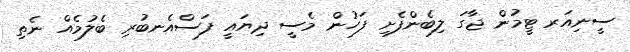
ސީނިއަރ ޓީމުން ޖާގަ ލިބެންފެށި ފަހުން މެސީ ދިޔައީ ފަސްއެނބުރި ބެލުމެއް ނެތި